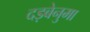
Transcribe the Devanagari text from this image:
दड़बेनुमा